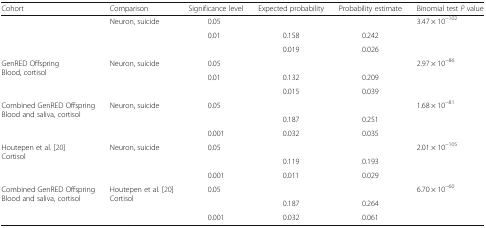
<table><thead><tr><td><b>Cohort</b></td><td><b>Comparison</b></td><td><b>Significance level</b></td><td><b>Expected probability</b></td><td><b>Probability estimate</b></td><td><b>Binomial test <i>P</i> value</b></td></tr></thead><tbody><tr><td rowspan="3">[EMPTY_CELL]</td><td rowspan="3">Neuron, suicide</td><td>0.05</td><td>[EMPTY_CELL]</td><td>[EMPTY_CELL]</td><td>3.47 × 10<sup>−102</sup></td></tr><tr><td>0.01</td><td>0.158</td><td>0.242</td><td>[EMPTY_CELL]</td></tr><tr><td>[EMPTY_CELL]</td><td>0.019</td><td>0.026</td><td>[EMPTY_CELL]</td></tr><tr><td rowspan="3">GenRED OffspringBlood, cortisol</td><td rowspan="3">Neuron, suicide</td><td>0.05</td><td>[EMPTY_CELL]</td><td>[EMPTY_CELL]</td><td>2.97 × 10<sup>−86</sup></td></tr><tr><td>0.01</td><td>0.132</td><td>0.209</td><td>[EMPTY_CELL]</td></tr><tr><td>[EMPTY_CELL]</td><td>0.015</td><td>0.039</td><td>[EMPTY_CELL]</td></tr><tr><td rowspan="3">Combined GenRED OffspringBlood and saliva, cortisol</td><td rowspan="3">Neuron, suicide</td><td>0.05</td><td>[EMPTY_CELL]</td><td>[EMPTY_CELL]</td><td>1.68 × 10<sup>−81</sup></td></tr><tr><td>[EMPTY_CELL]</td><td>0.187</td><td>0.251</td><td>[EMPTY_CELL]</td></tr><tr><td>0.001</td><td>0.032</td><td>0.035</td><td>[EMPTY_CELL]</td></tr><tr><td rowspan="3">Houtepen et al<i>.</i> [20]Cortisol</td><td rowspan="3">Neuron, suicide</td><td>0.05</td><td>[EMPTY_CELL]</td><td>[EMPTY_CELL]</td><td>2.01 × 10<sup>−105</sup></td></tr><tr><td>[EMPTY_CELL]</td><td>0.119</td><td>0.193</td><td>[EMPTY_CELL]</td></tr><tr><td>0.001</td><td>0.011</td><td>0.029</td><td>[EMPTY_CELL]</td></tr><tr><td rowspan="3">Combined GenRED OffspringBlood and saliva, cortisol</td><td rowspan="3">Houtepen et al<i>.</i> [20]Cortisol</td><td>0.05</td><td>[EMPTY_CELL]</td><td>[EMPTY_CELL]</td><td>6.70 × 10<sup>−60</sup></td></tr><tr><td>[EMPTY_CELL]</td><td>0.187</td><td>0.264</td><td>[EMPTY_CELL]</td></tr><tr><td>0.001</td><td>0.032</td><td>0.061</td><td>[EMPTY_CELL]</td></tr></tbody></table>